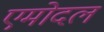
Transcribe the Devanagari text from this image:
एमोदल